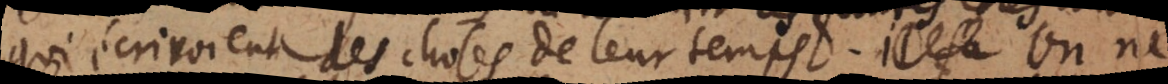
qui écrivoient des choses de leur temps. On ne